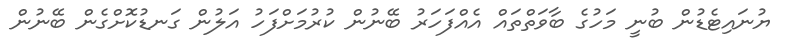
ޔުނައިޓެޑުން ބުނީ މަހުގެ ބާވަތްތައް އެއްފަހަރު ބޭނުން ކުރުމަށްފަހު އަލުން ގަނޑުކޮށްގެން ބޭނުން